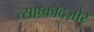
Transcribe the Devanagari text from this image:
त्साघ्काद्ज़ोर